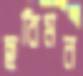
ছবিমন